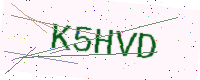
Text: K5HVD